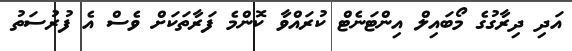
އަދި ދިރާގުގެ މޯބައިލް އިންޓަނެޓް ކުރައްވާ ކޮންމެ ފަރާތަކަށް ވެސް އެ ފުރުސަތު